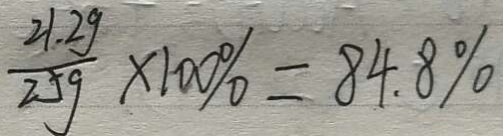
\frac { 2 1 . 2 g } { 2 5 g } \times 1 0 0 \% = 8 4 . 8 \%